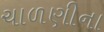
ચાળણીના